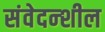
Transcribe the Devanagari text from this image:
संवेदन्शील